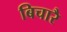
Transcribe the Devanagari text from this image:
बिचारै